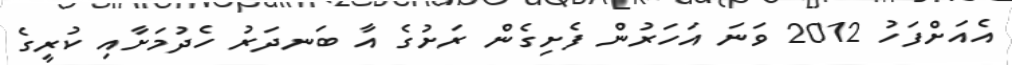
އެއަށްފަހު 2012 ވަނަ އަހަރުން ފެށިގެން ރަށުގެ އާ ބަނދަރު ހެދުމަށާއި ކުރީގެ